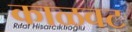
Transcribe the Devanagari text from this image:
काळवट